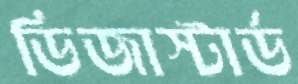
ডিজাস্টার্ড